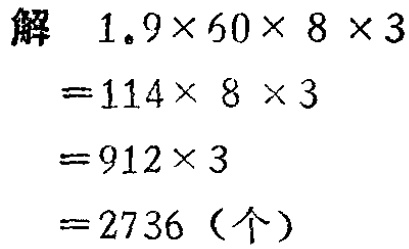
解
\[
\begin{align*}
&1.9\times60\times 8\times3\\
=&114\times 8\times 3\\
=&912\times 3\\
=&2736（个）
\end{align*}
\]